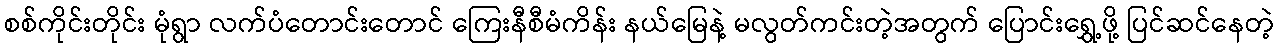
စစ်ကိုင်းတိုင်း မုံရွာ လက်ပံတောင်းတောင် ကြေးနီစီမံကိန်း နယ်မြေနဲ့ မလွတ်ကင်းတဲ့အတွက် ပြောင်းရွှေ့ဖို့ ပြင်ဆင်နေတဲ့